Annual administration report of the Civil Veterinary Department of India - 1899-1900
Year: 1899
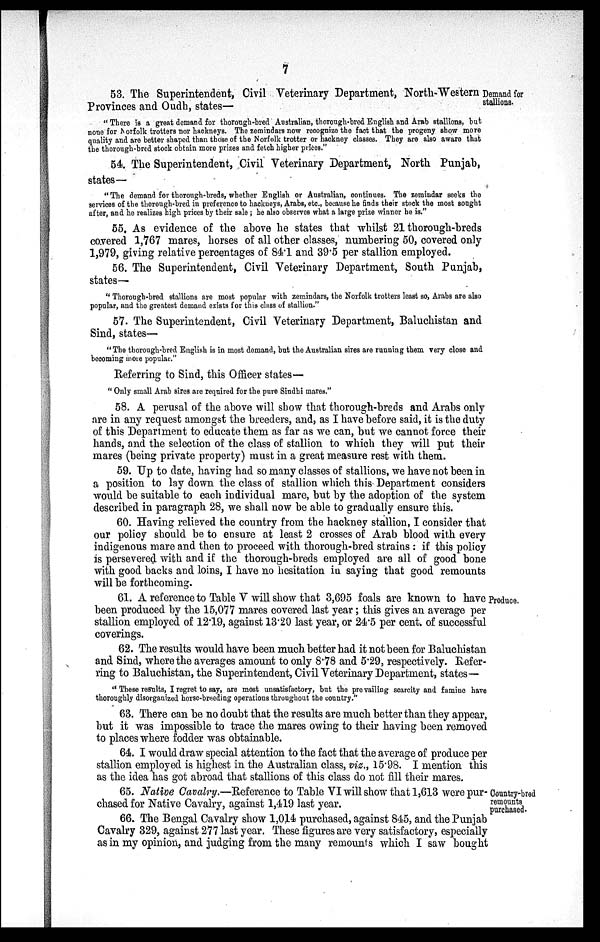
7
Demand for
stallions.
53. The Superintendent, Civil Veterinary Department, North-Western
Provinces and Oudh, states—
"There is a great demand for thorough-bred Australian, thorough-bred English and Arab stallions, but
none for Norfolk trotters nor hackneys. The zemindars now recognize the fact that the progeny show more
quality and are better shaped than those of the Norfolk trotter or hackney classes. They are also aware that
the thorough-bred stock obtain more prizes and fetch higher prices."
54. The Superintendent, Civil Veterinary Department, North Punjab,
states—
"The demand for thorough-breds, whether English or Australian, continues. The zemindar seeks the
services of the thorough-bred in preference to hackneys, Arabs, etc., because he finds their stock the most sought
after, and he realizes high prices by their sale; he also observes what a large prize winner he is."
55. As evidence of the above he states that whilst 21 thorough-breds
covered 1,767 mares, horses of all other classes, numbering 50, covered only
1,979, giving relative percentages of 84.1 and 39.5 per stallion employed.
56. The Superintendent, Civil Veterinary Department, South Punjab,
states—
"Thorough-bred stallions are most popular with zemindars, the Norfolk trotters least so, Arabs are also
popular, and the greatest demand exists for this class of stallion."
57. The Superintendent, Civil Veterinary Department, Baluchistan and
Sind, states—
"The thorough-bred English is in most demand, but the Australian sires are running them very close and
becoming more popular."
Referring to Sind, this Officer states—
"Only small Arab sires are required for the pure Sindhi mares."
58. A perusal of the above will show that thorough-breds and Arabs only
are in any request amongst the breeders, and, as I have before said, it is the duty
of this Department to educate them as far as we can, but we cannot force their
hands, and the selection of the class of stallion to which they will put their
mares (being private property) must in a great measure rest with them.
59. Up to date, having had so many classes of stallions, we have not been in
a position to lay down the class of stallion which this Department considers
would be suitable to each individual mare, but by the adoption of the system
described in paragraph 28, we shall now be able to gradually ensure this.
60. Having relieved the country from the hackney stallion, I consider that
our policy should be to ensure at least 2 crosses of Arab blood with every
indigenous mare and then to proceed with thorough-bred strains: if this policy
is persevered with and if the thorough-breds employed are all of good bone
with good backs and loins, I have no hesitation in saying that good remounts
will be forthcoming.
Produce.
61. A reference to Table V will show that 3,695 foals are known to have
been produced by the 15,077 mares covered last year; this gives an average per
stallion employed of 12.19, against 13.20 last year, or 24.5 per cent. of successful
coverings.
62. The results would have been much better had it not been for Baluchistan
and Sind, where the averages amount to only 8.78 and 5.29, respectively. Refer-
ring to Baluchistan, the Superintendent, Civil Veterinary Department, states—
"These results, I regret to say, are most unsatisfactory, but the prevailing scarcity and famine have
thoroughly disorganized horse-breeding operations throughout the country."
63. There can be no doubt that the results are much better than they appear,
but it was impossible to trace the mares owing to their having been removed
to places where fodder was obtainable.
64. I would draw special attention to the fact that the average of produce per
stallion employed is highest in the Australian class, viz., 15.98. I mention this
as the idea has got abroad that stallions of this class do not fill their marcs.
Country-bred
remounts
purchased.
65. Native Cavalry.—Reference to Table VI will show that 1,613 were pur-
chased for Native Cavalry, against 1,419 last year.
66. The Bengal Cavalry show 1,014 purchased, against 845, and the Punjab
Cavalry 329, against 277 last year. These figures are very satisfactory, especially
as in my opinion, and judging from the many remounts which I saw bought
7